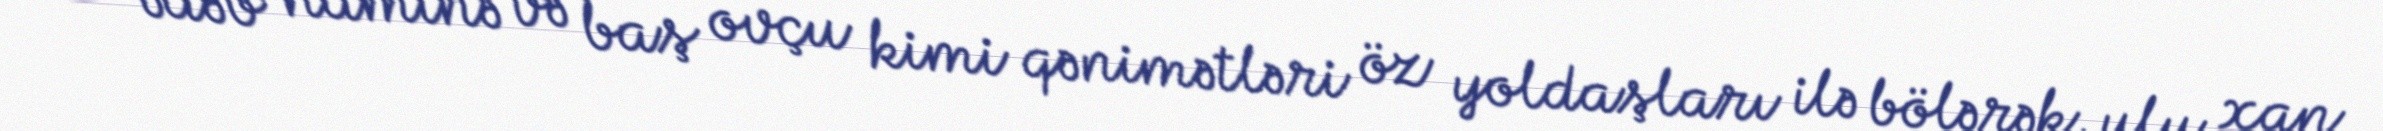
xan ədəb naminə və baş ovçu kimi qənimətləri öz yoldaşları ilə bölərək, ulu xan